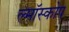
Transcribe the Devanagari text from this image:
ल्मॉस्कोप